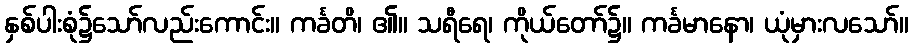
နှစ်ပါးစုံ၌သော်လည်းကောင်း။ ကင်္ခတိ၊ ၏။ သရီရေ၊ ကိုယ်တော်၌။ ကင်္ခမာနော၊ ယုံမှားလသော်။